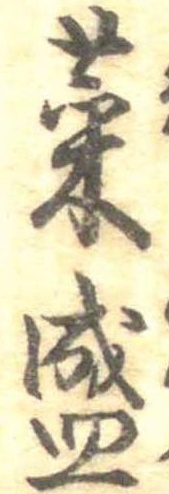
菜盛